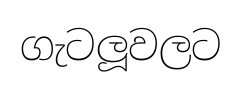
ගැටලූවලට